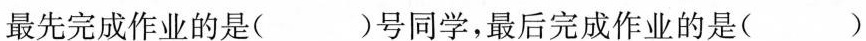
最先完成作业的是( )号同学，最后完成作业的是()